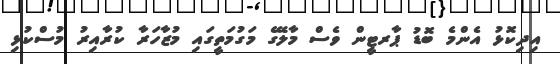
އިދިކޮޅު އެންމެ ބޮޑު ޕާރޓީން ވެސް މާލޭގެ މަގުމަތީގައި މުޒާހަރާ ކުރާއިރު މުސްކުޅި